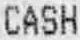
CASH